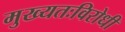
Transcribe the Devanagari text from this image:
मुख्यतःविरोधी